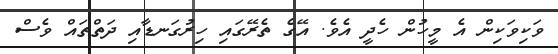
ވަކިވަކިންް އެ މީހުން ހެދީ އެވެ. އޭގެ ތެރޭގައި ހިރުގަނޑާއި ދަތްތައް ވެސް